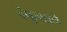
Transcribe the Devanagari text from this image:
वैपुल्याने